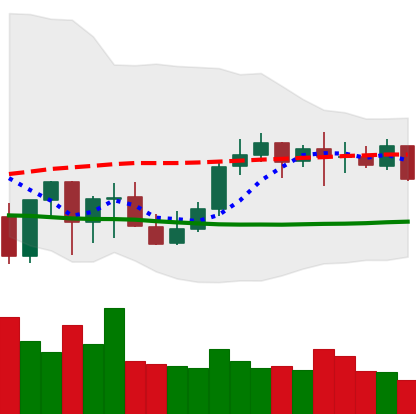
Ticker: LINK-USD
Chart end date: 2021-10-10
Forward return: 5.051%
Label: up_5_7